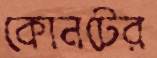
কোনটের